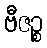
ဗီဇဉ္စ